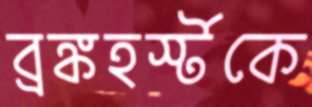
ব্রঙ্কহর্স্টকে